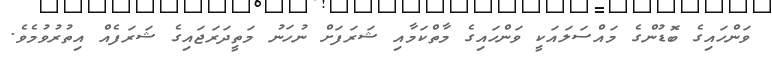
ވަންހައިގެ ބޮޑުންގެ މައްސަލައަކީ ވަންހައިގެ މާތްކަމާއި ޝަރަފަށް ނުހަނު މަތީދަރަޖައިގެ ޝަރަފެއް އިތުރުވުމެވެ.